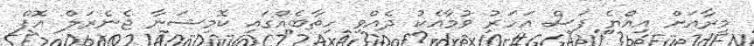
މީރާއަށް އިއްޔެ ފަސް އަހަރު ވުމާއެކު ދެއްވި ހިތާބެއްގައި ކޮމިޝަނާ ޖެނެރަލް އޮފް